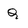
Character: Q